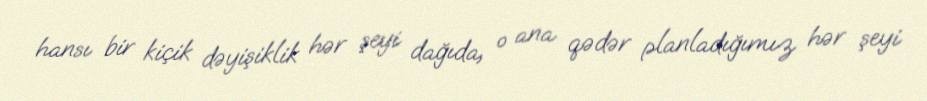
hansı bir kiçik dəyişiklik hər şeyi dağıda, o ana qədər planladığımız hər şeyi